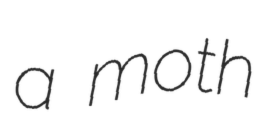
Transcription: a moth